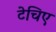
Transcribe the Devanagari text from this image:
टेचिए